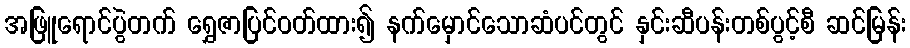
အဖြူရောင်ပွဲတက် ရွှေဇာပြင်ဝတ်ထား၍ နက်မှောင်သောဆံပင်တွင် နှင်းဆီပန်းတစ်ပွင့်စီ ဆင်မြန်း